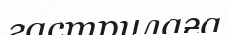
гаструлаға